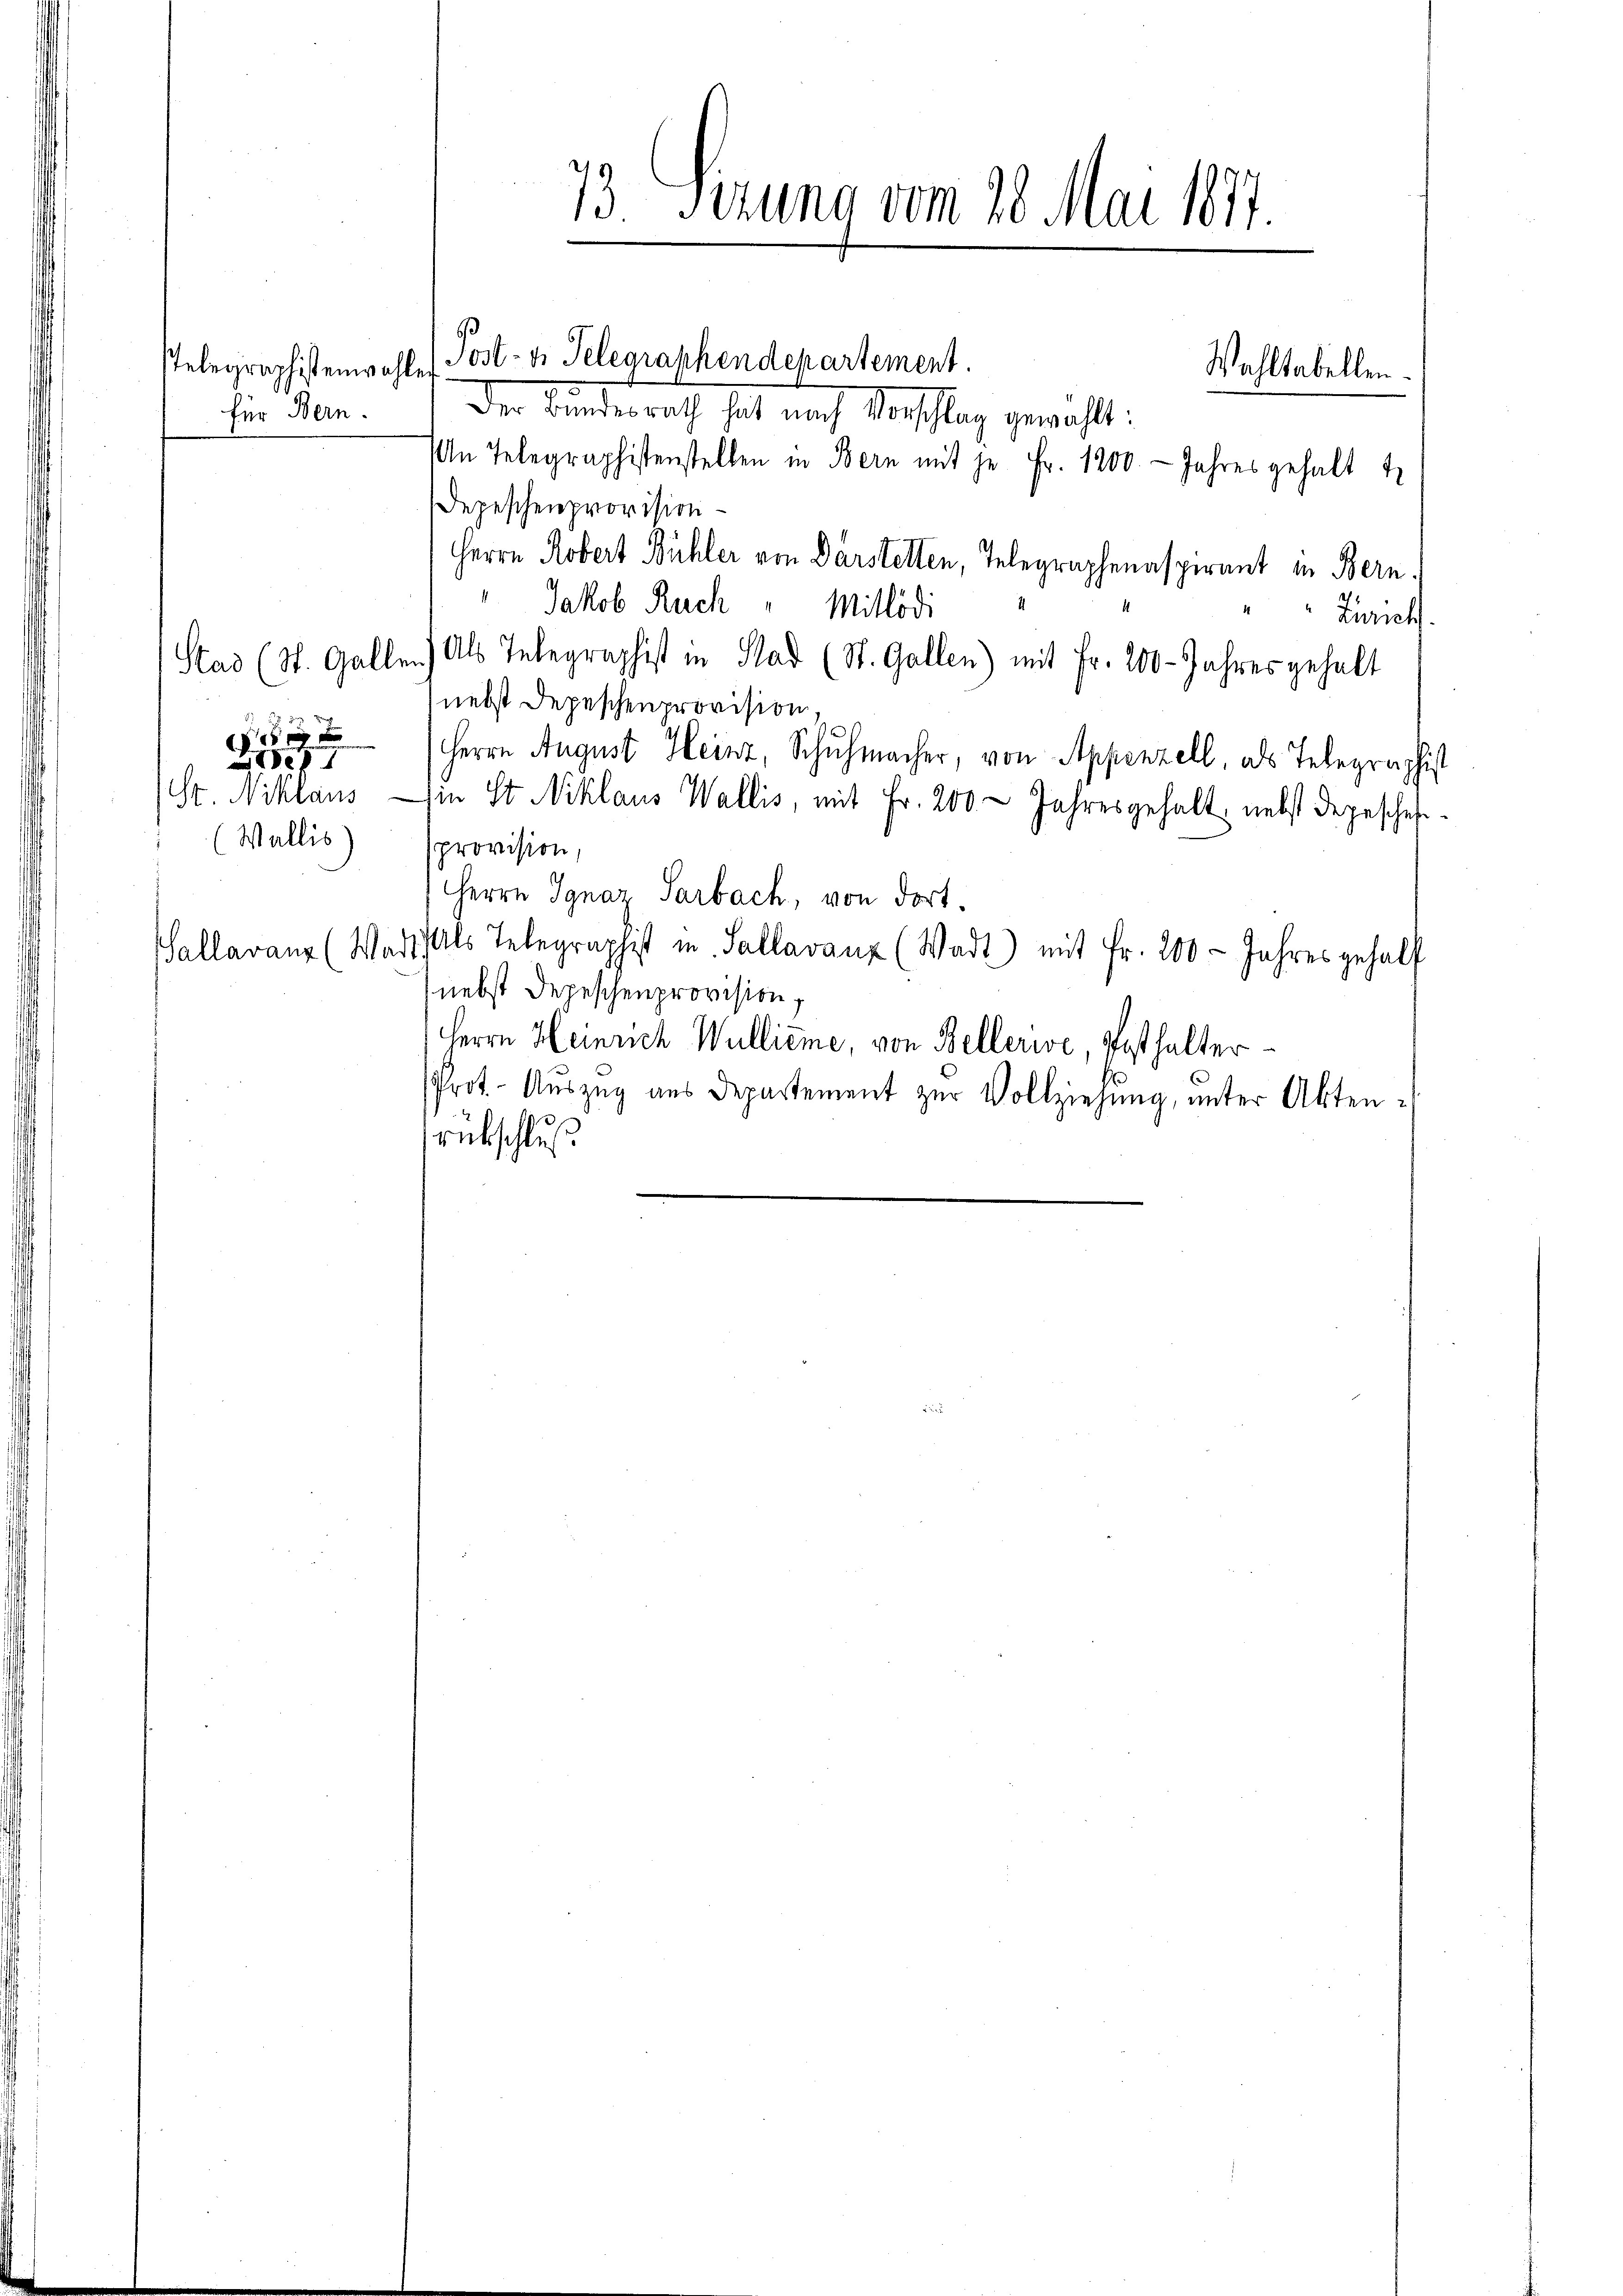
für Bern.

2
(Wallis

i e

Der Bundesrath hat nach Vorschlag gewählt:
An Telegraphistenstellen in Bern mit je Fr. 1200. - Jahres gehalt t
Depeschenprovision
Herrn Robert Bühler von Darstellen, Telegraphenaspirant in Bern.
Jakob Ruch " Mitlödi
Zürich
Stad (St. Gallen) Als Telegraphist in Stad (St. Gallen) mit Fr. 200 Jahres gehalt
nebst Depeschenprovision.
Herrn August Heinz, Schuhmacher, von Appenzell, als Telegraphist
St. Niklaus in St. Niklaus Wallis, mit Fr. 200 - Jahresgehalt, nebst depeschensprovision,
Herrn Ignaz Sarbach, von dort.
Sallaranz (Wart als Telegraphist in Sallavanz (Wadt) mit Fr. 200 - Jahres gehalt
nebst Depeschenprovision,
Herrn Heinrich Wullieme, von Bellerive, Posthalter¬
Prot. Aŭszŭg ans Departement zŭr Vollziehung, unter Akten-
rückschluß

telegraphistenwahlen Post- u. Telegraphendepartement.

73 Sezung vom 28. Mai 1877.

Wahltabellen.